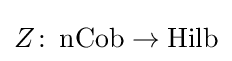
Z\colon \operatorname {nCob} \to \operatorname {Hilb}